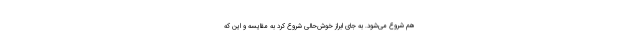
هم شروع می‌شود. به جای ابراز خوش‌حالی شروع کرد به مقایسه و این که